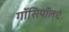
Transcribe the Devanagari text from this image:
गॉसिपॉलचे